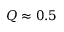
Q \approx 0 . 5